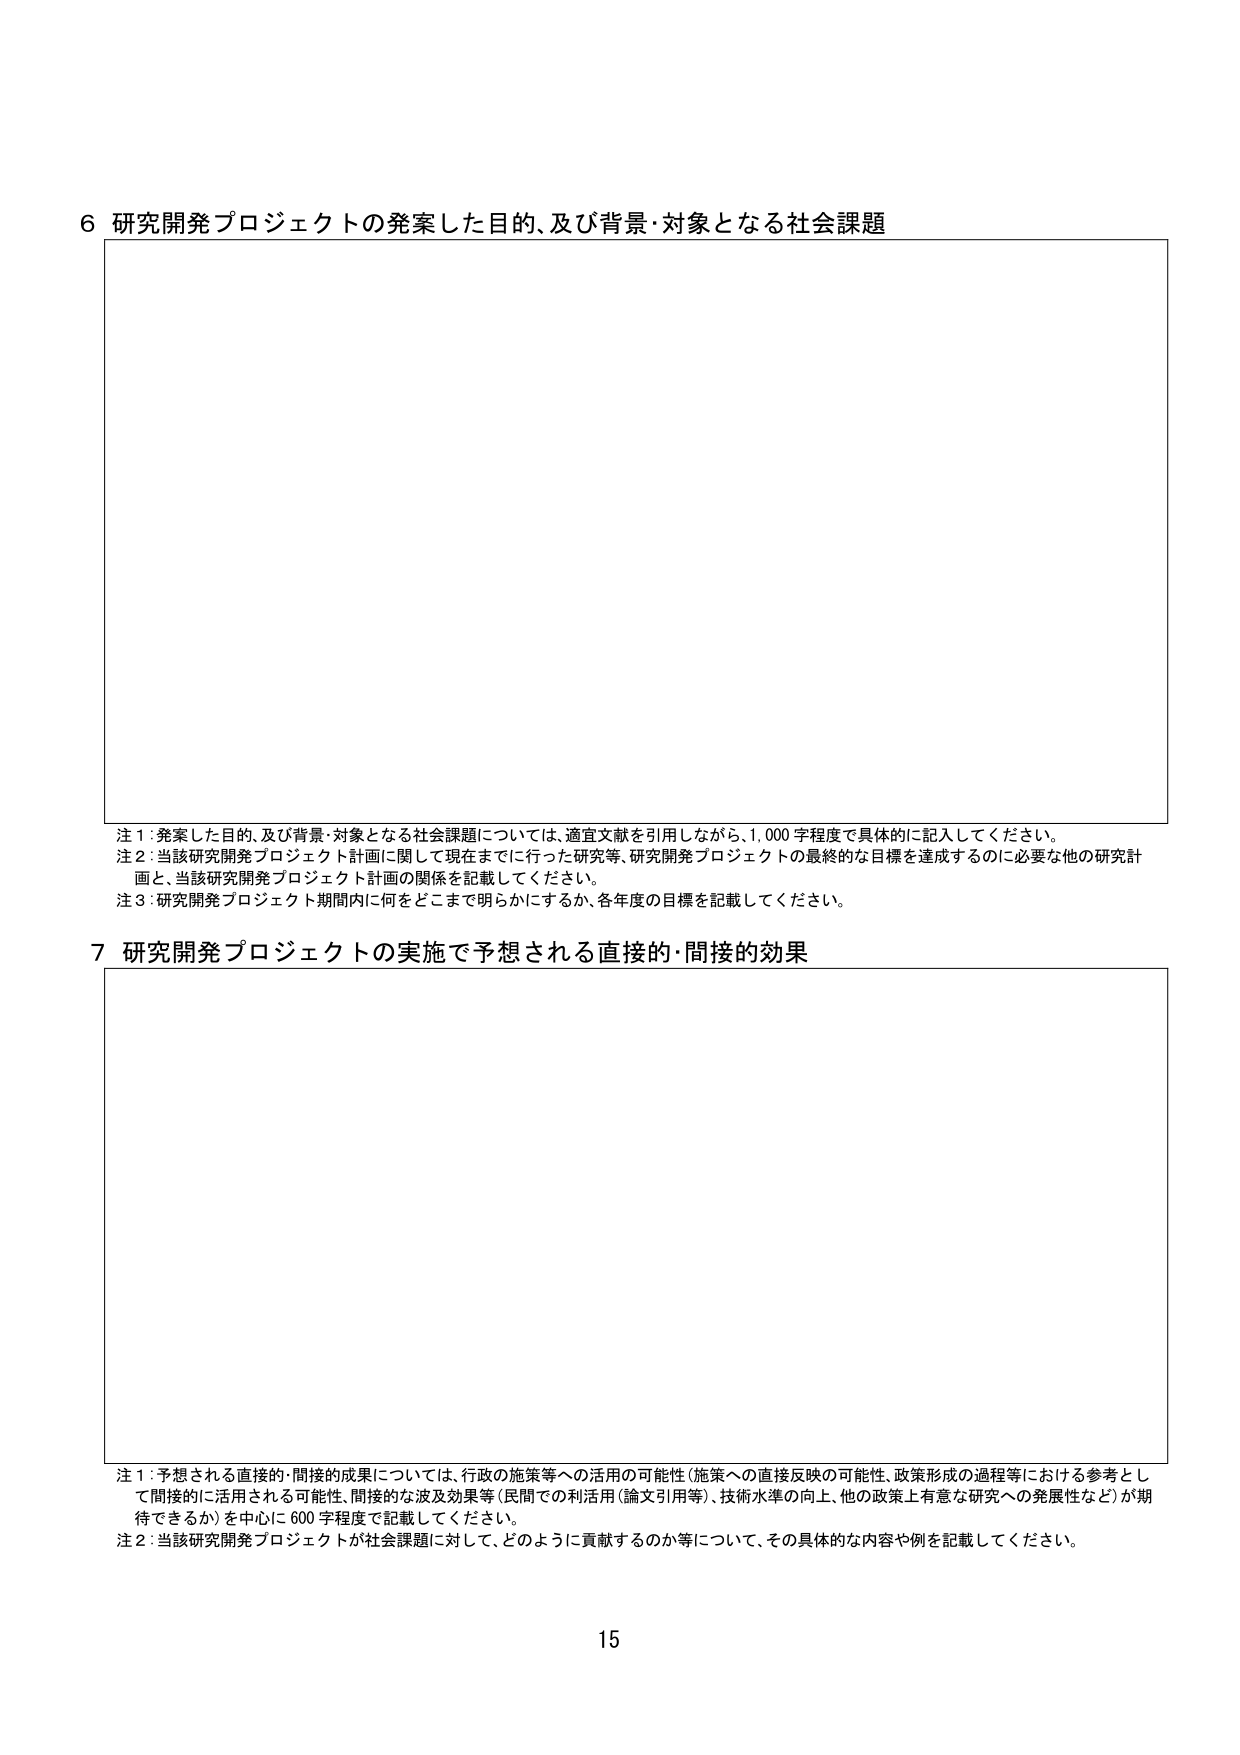
6 研究開発プロジェクトの発案した目的、及び背景・対象となる社会課題

注1：発案した目的、及び背景・対象となる社会課題については、適宜文献を引用しながら、1,000字程度で具体的に記入してください。
注2：当該研究開発プロジェクト計画に関して現在までに行った研究等、研究開発プロジェクトの最終的な目標を達成するのに必要な他の研究計画と、当該研究開発プロジェクト計画の関係を記載してください。
注3：研究開発プロジェクト期間内に何をどこまで明らかにするか、各年度の目標を記載してください。

7 研究開発プロジェクトの実施で予想される直接的・間接的効果

注1：予想される直接的・間接的成果については、行政の施策等への活用の可能性（施策への直接反映の可能性、政策形成の過程等における参考として間接的に活用される可能性、間接的な波及効果等（民間での利活用（論文引用等）、技術水準の向上、他の政策上有意な研究への発展性など）が期待できるか）を中心に600字程度で記載してください。
注2：当該研究開発プロジェクトが社会課題に対して、どのように貢献するのか等について、その具体的な内容や例を記載してください。

15